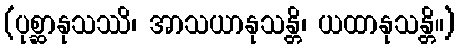
(ပုစ္ဆာနုသဿိ၊ အာသယာနုသန္တိ၊ ယထာနုသန္တိ။)